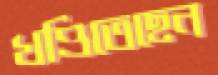
খণ্ডিতেছেন